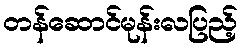
တန်ဆောင်မုန်းလပြည့်